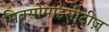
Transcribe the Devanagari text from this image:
मिक्सोमाइसीटीज़